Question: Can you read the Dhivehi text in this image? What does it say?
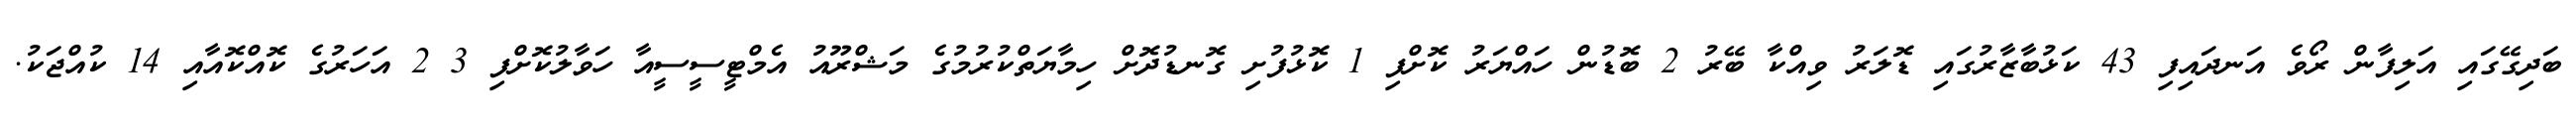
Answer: ބަދިގޭގައި އަލިފާން ރޯވެ އަނދައިފި 43 ކަޅުބާޒާރުގައި ޑޮލަރު ވިއްކާ ބޭރު 2 ބޮޑުން ހައްޔަރު ކޮށްފި 1 ކޮޅުފުށި ގޮނޑުދޮށް ހިމާޔަތްކުރުމުގެ މަޝްރޫއު އެމްޓީސީސީއާ ހަވާލުކޮށްފި 3 2 އަހަރުގެ ކޮއްކޮއާއި 14 ކުއްޖަކު.